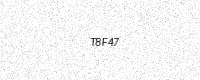
Text: T8F47